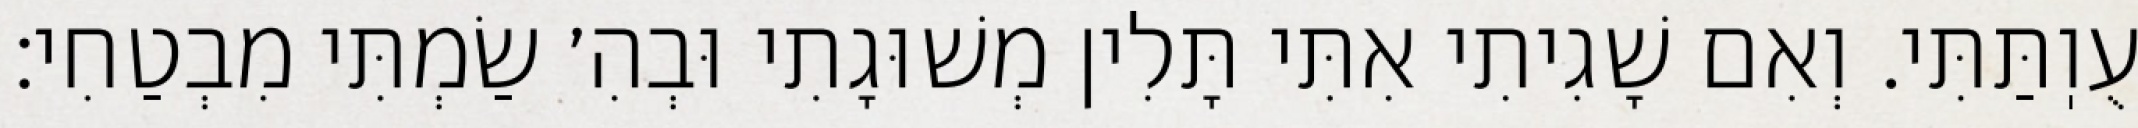
עֻוֽתַּתִּי. וְאִם שָׁגִיתִי אִתִּי תָּלִין מְשׁוּגָתִי וּבְהִ׳ שַׂמְתִּי מִבְטַחִי: